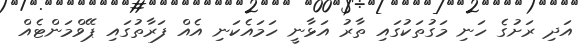
އަދި ރަށުގެ ހަނި މަގުތަކުގައި ތާރު އަޅާނީ ހަމައެކަނި އެއް ފަރާތުގައި ޕޭވްމަންޓެއް